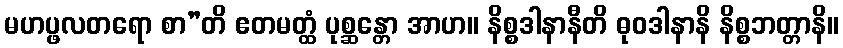
မဟပ္ဖလတရော စာ”တိ ဧတမတ္ထံ ပုစ္ဆန္တော အာဟ။ နိစ္စဒါနာနီတိ ဓုဝဒါနာနိ နိစ္စဘတ္တာနိ။